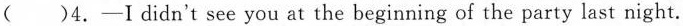
( )4.-I didn't see you at the beginning of the party last night.